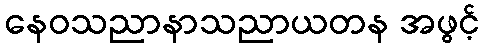
နေဝသညာနာသညာယတန အဖွင့်